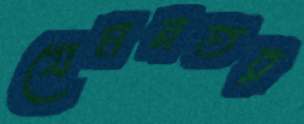
যেমনতর